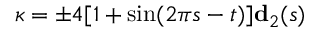
\boldsymbol \kappa = \pm 4 [ 1 + \sin ( 2 \pi s - t ) ] \mathbf { d } _ { 2 } ( s )